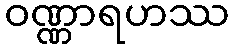
ဝဏ္ဏာရဟဿ